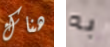
هناك به